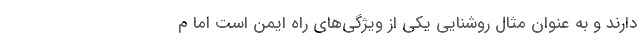
دارند و به عنوان مثال روشنایی یکی از ویژگی‌های راه ایمن است اما م